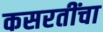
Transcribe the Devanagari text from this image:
कसरतींचा